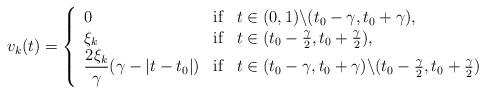
LaTeX: \begin{align*}v_k(t)=\left\{\begin{array}{lll}\displaystyle 0 & \textup{if} &t \in (0,1)\backslash(t_0-\gamma,t_0+\gamma),\\\displaystyle \xi_k & \textup{if} &t \in (t_0-\frac{\gamma}{2},t_0+\frac{\gamma}{2}),\\\displaystyle \frac{2\xi_k}{\gamma}(\gamma - |t-t_0|) & \textup{if} &t \in (t_0-\gamma,t_0+\gamma)\backslash(t_0-\frac{\gamma}{2},t_0+\frac{\gamma}{2})\\\end{array}\right.\end{align*}